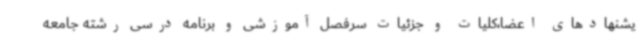
یشنهادهای اعضا،کلیات و جزئیات سرفصل آموزشی و برنامه درسی رشته جامعه